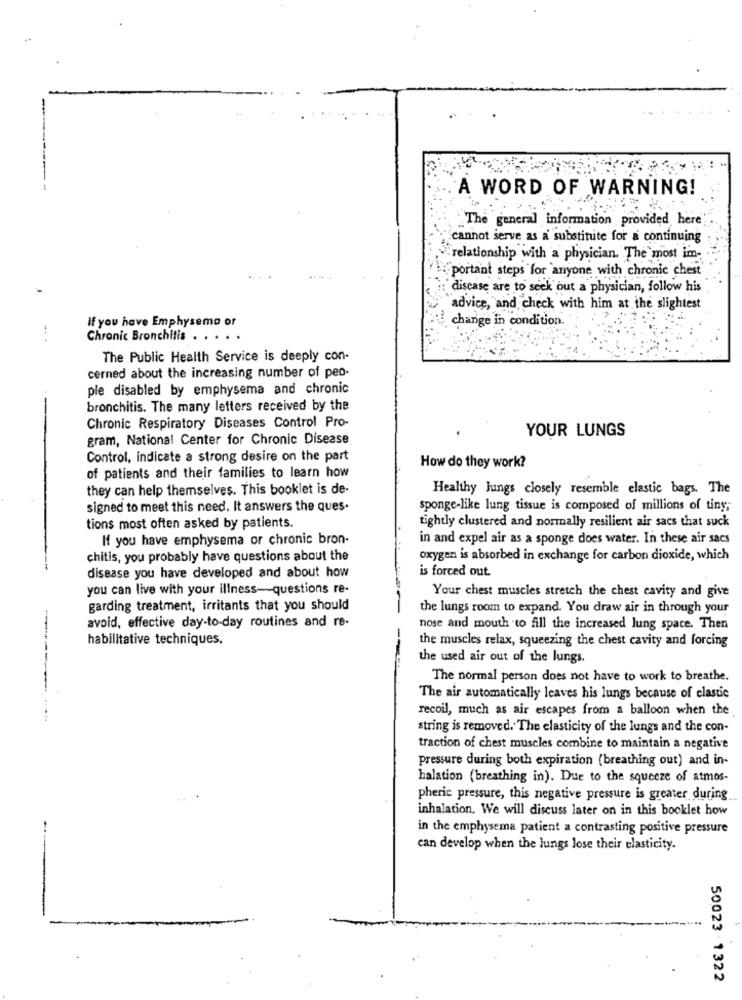
A WORD OF WARNING!
The general information provided here
cannot serve as a substitute for a continuing
relationship with a physician. The most im-
"portant steps for anyone with chronic chest
disease are to seek out a physician, follow his
advice, and check with him at the slightest
If you have Emphysema or
change in condition.
Chronic Bronchitis ..
The Public Health Service is deeply con-
cerned about the increasing number of peo-
ple disabled by emphysema and chronic
bronchitis. The many letters received by the
Chronic Respiratory Diseases Control Pro-
YOUR LUNGS
gram, National Center for Chronic Disease
Control, indicate a strong desire on the part
How do they work?
of patients and their families to learn how
they can help themselves. This booklet is de-
Healthy Jungs closely resemble elastic bags. The
signed to meet this need. It answers the ques.
sponge-like lung tissue is composed of millions of tiny,
tightly clustered and normally resilient air sacs that suck
tions most often asked by patients.
If you have emphysema or chronic bron-
in and expel air as a sponge does water. In these air sacs
chitis, you probably have questions about the
oxygen is absorbed in exchange for carbon dioxide, which
is forced out
disease you have developed and about how
you can live with your illness -- questions re-
Your chest muscles stretch the chest cavity and give
garding treatment, irritants that you should
the lungs room to expand. You draw air in through your
avoid, effective day-to-day routines and re-
nose and mouth .to fill the increased lung space. Then
habilitative techniques.
the muscles relax, squeezing the chest cavity and forcing
the used air out of the lungs.
The normal person does not have to work to breathe.
The air automatically leaves his lungs because of elastic
recoil, much as air escapes from a balloon when the
string is removed. The elasticity of the lungs and the con-
traction of chest muscles combine to maintain a negative
pressure during both expiration (breathing out) and in-
halation (breathing in). Due to the squeeze of atmos-
pheric pressure, this negative pressure is greater during
inhalation. We will discuss later on in this booklet how
in the emphysema patient a contrasting positive pressure
can develop when the lungs lose their elasticity.
50023 .1322